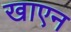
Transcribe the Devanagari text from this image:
खाएन